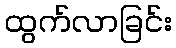
ထွက်လာခြင်း